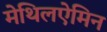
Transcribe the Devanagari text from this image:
मेथिलऐमिन